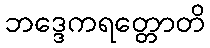
ဘဒ္ဒေကရတ္တောတိ